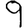
Digit: 9